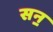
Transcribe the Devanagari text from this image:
सन॒